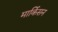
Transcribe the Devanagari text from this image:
मार्किसन